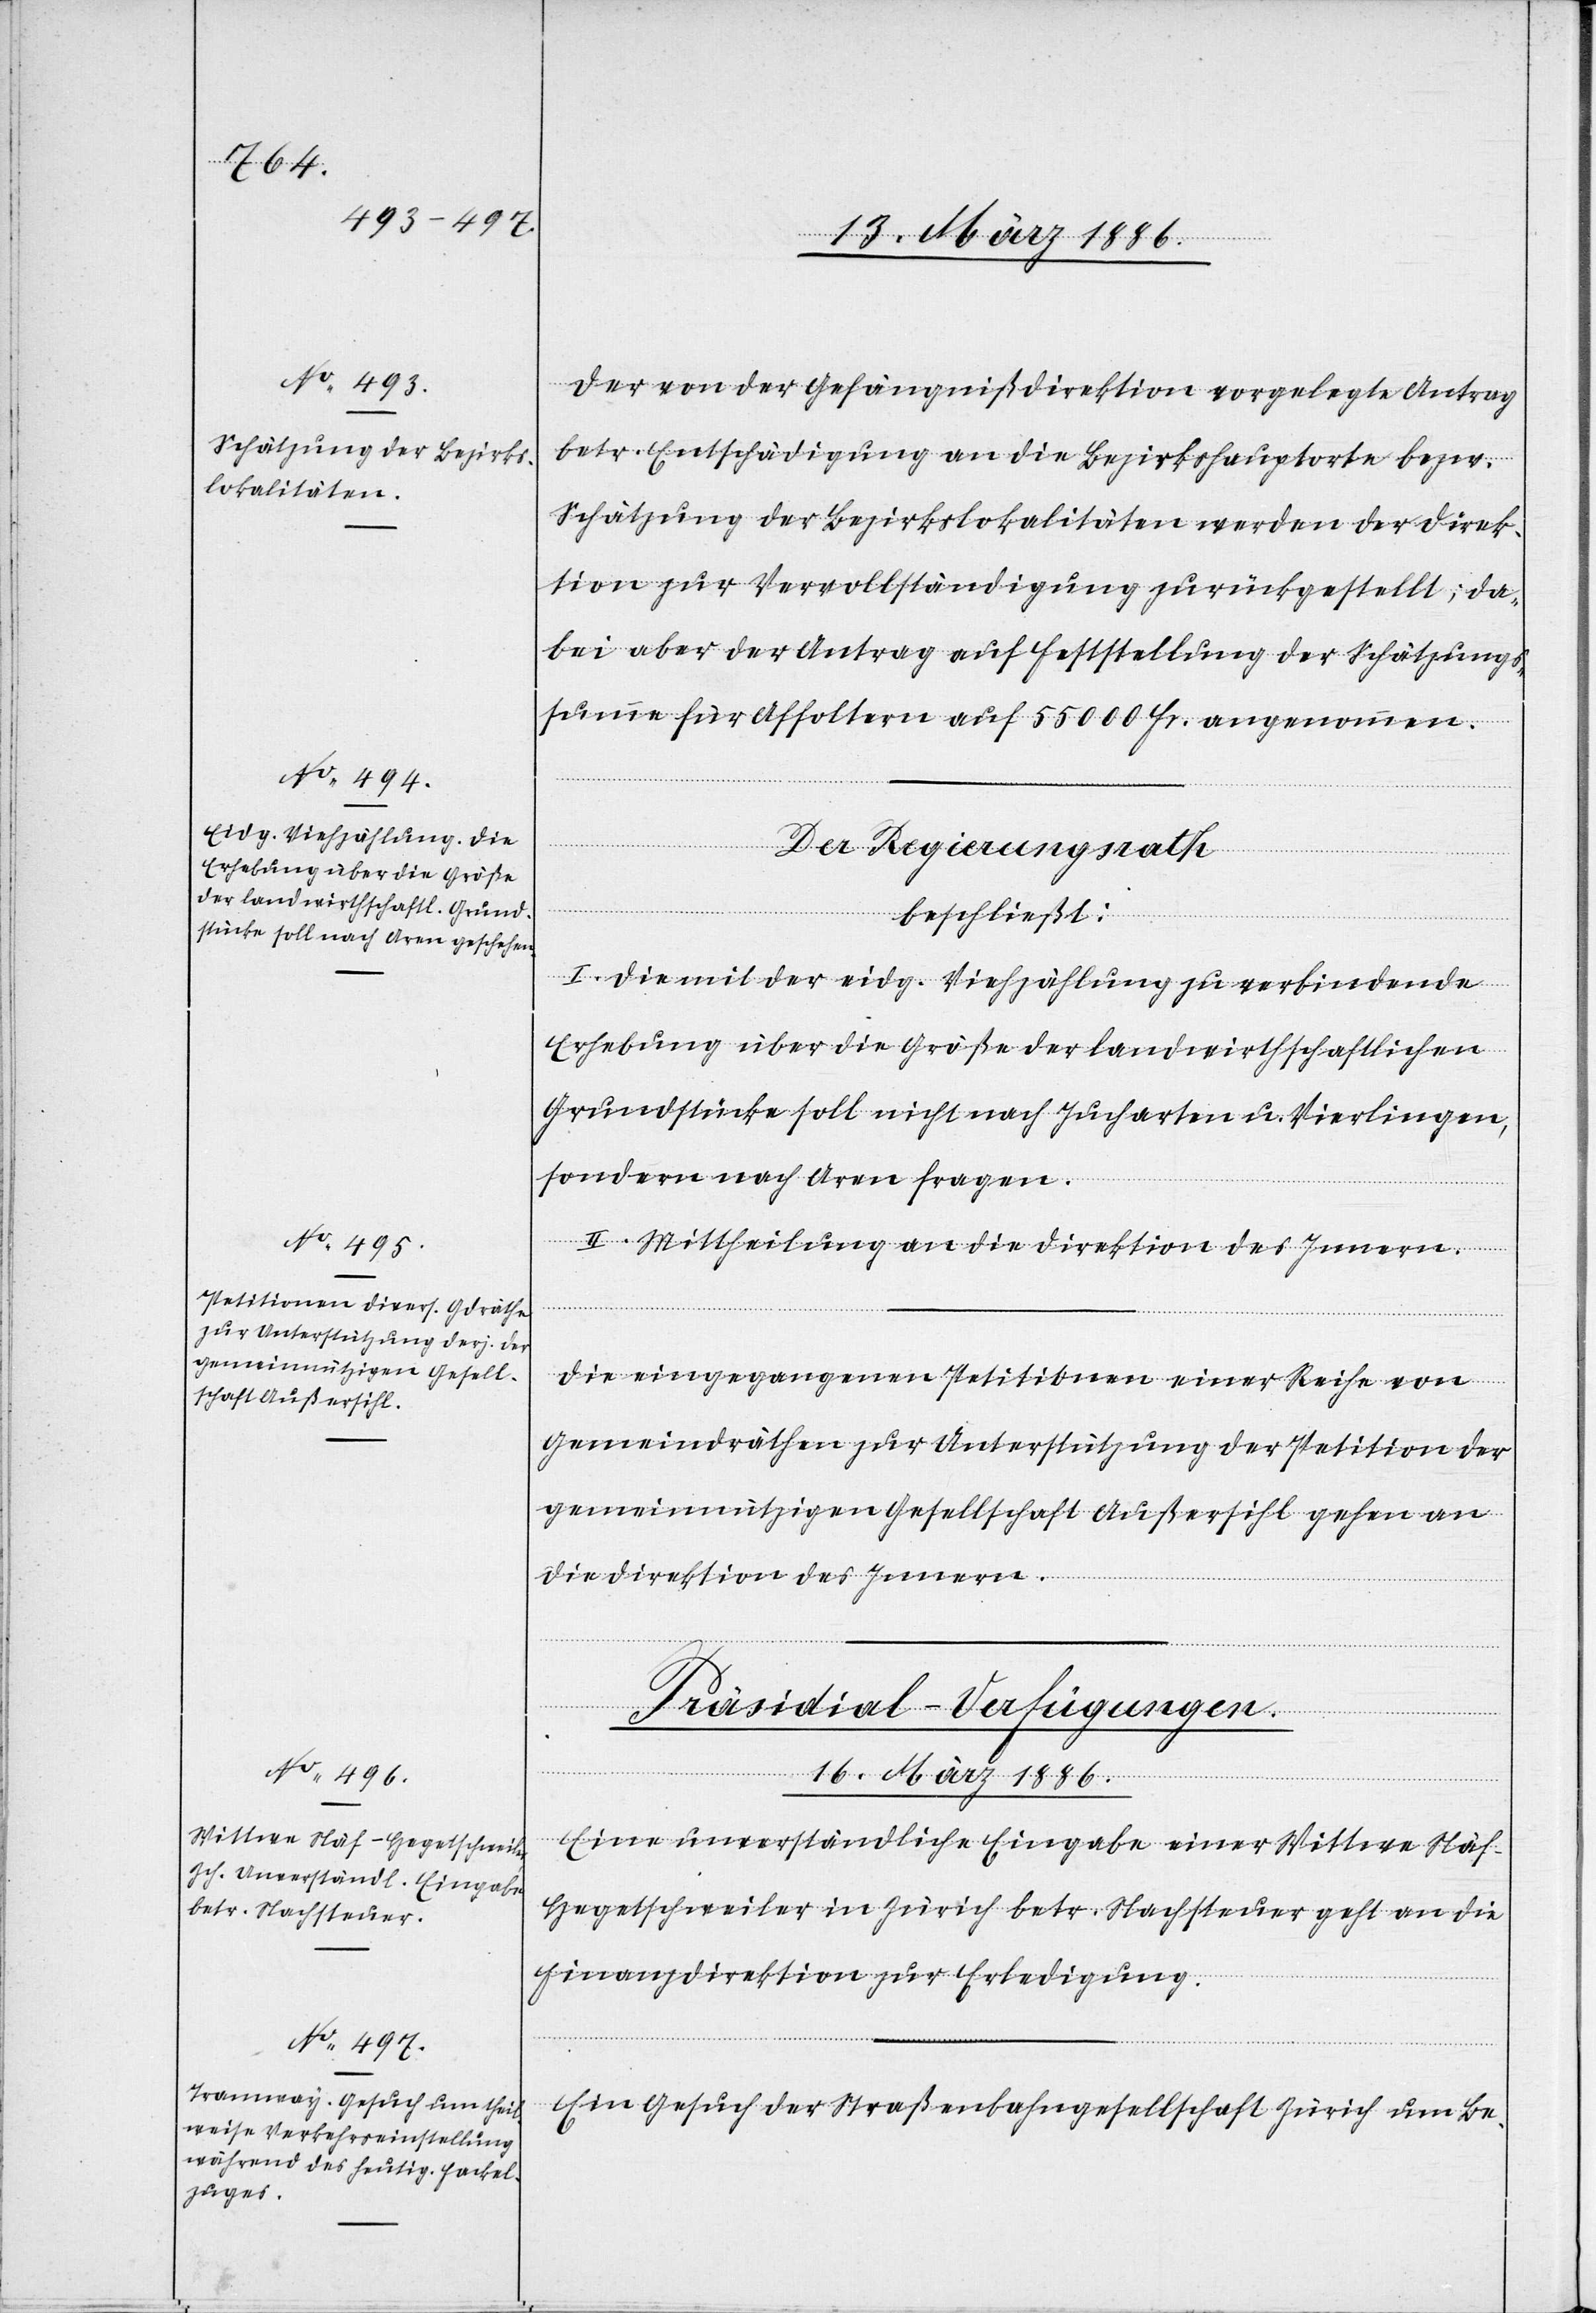
Der von der Gefängnißdirektion vorgelegte Antrag
betr. Entschädigung an die Bezirkshauptorte bzw.
Schätzung der Bezirkslokalitäten werden der Direk¬
tion zur Vervollständigung zurückgestellt, da¬
bei aber der Antrag auf Feststellung der Schätzungs¬
summe für Affoltern auf 55,000 Fr. angenommen.
Der Regierungsrath
beschließt:
I. Die mit der eidg. Viehzählung zu verbindende
Erhebung über die Größe der landwirthschaftlichen
Grundstücke soll nicht nach Jucharten u. Vierlingen,
sondern nach Aren fragen.
II. Mittheilung an die Direktion des Innern.
Die eingegangenen Petitionen einer Reihe von
Gemeindräthen zur Unterstützung der Petition der
gemeinnützigen Gesellschaft Außersihl gehen an
die Direktion des Innern.
[Präsidial-Verfügungen.
16. März 1886.]
Eine unverständliche Eingabe einer Wittwe Näf-H¬
egetschweiler in Zürich betr. Nachsteuer geht an die
Finanzdirektion zur Erledigung.
Ein Gesuch der Straßenbahngesellschaft Zürich um Be-